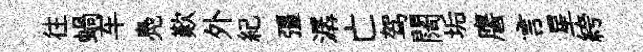
往蝸车鳧歎外紀彊潺亡驾闊垢譍言星絝